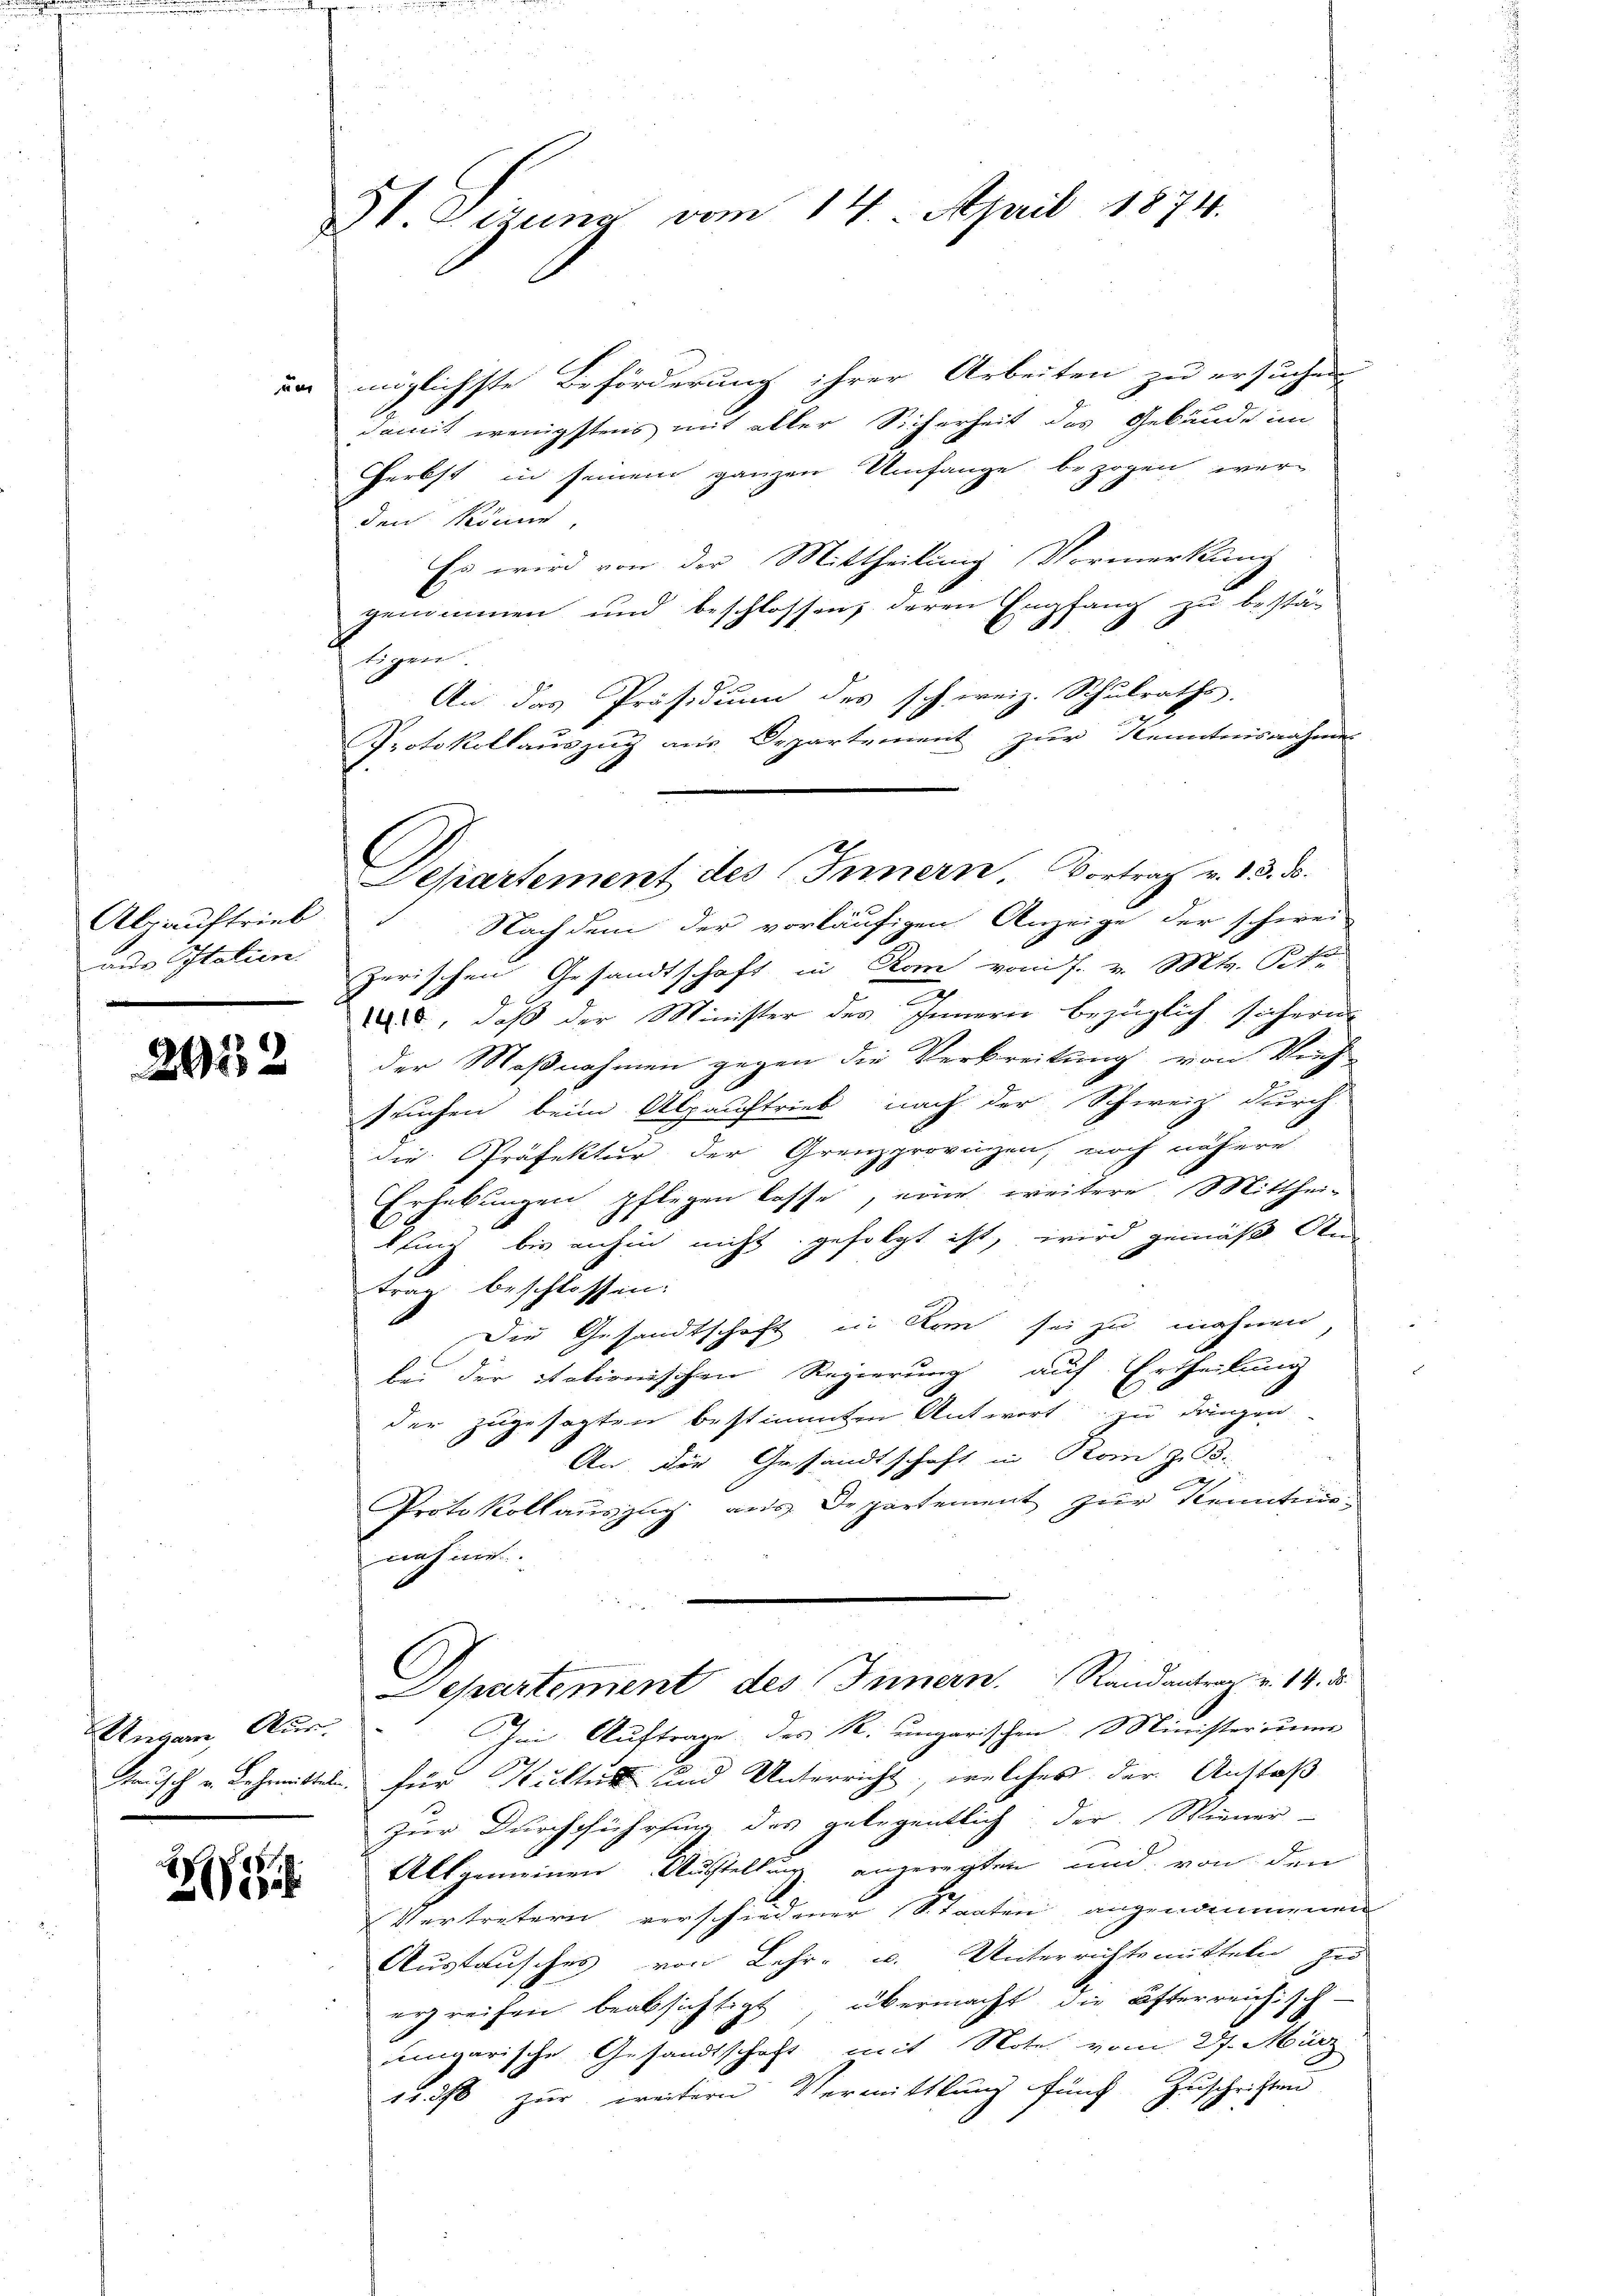
Alpauftrieb
aus Italien

2932

Ungarn, Aus¬

2

S. Tigung vom 14. April 1874.

un möglichste Beförderung ihrer Arbeiten zu ersuchen
damit wenigstens mit aller Sicherheit des Gebäude im
Herbst in seinem ganzen Umfange bezogen werden könne,
Es wird von der Mittheilung Vormerkung
genommen und beschlossen, deren Empfang zu bestä-
tigen.
An das Präsidium des schweiz. Schulraths.
Protokollauszug aus Departement zur Kenntnisnahme
Nachdem der vorläufigen Anzeige der schwei
zerischen Gesandtschaft in Rom vom 7. v. Mts. Th.
.
d, daß der Minister des Innern bezüglich sichern
der Maßnahmen gegen die Verbreitung von Wich-
seuchen beim Alpauftrieb nach der Schweiz durch
die Präfektur der Grenzprovazen, noch nähere
Erhebungen pflegen lasse, eine weitere Mitthei-
lung bis anhin nicht gefolgt ist, wird gemäß An
trag beschlossen:
Die Gesandtschaft in Rom sei zu mahnen,
ben der stationischen Regierung auf Ertheilung
der zugesagten bestimmten Antwort zu dangen
An. Die Gesandtschaft in Rom z. B.
2
Protokollaŭszŭg ans Departement zŭr Kenntnis-
nahme
Departement des Innern. Randantrag v. 14. ds.
he Auftrage des R. ungarischen Ministerium
gauisch u. Lehrmitteln für Kultur und Unterricht, welches der Anstoß
zur Durchführung des gelegentlich der Wiener-
Allgemeinen Ausstellung angeregten und von den
Vertretern verschiedener Staaten angenommenen
Austausches von Lehr- u. Unterrichtsmitteln zu
ergreifen beabsichtigt, übermacht die österreichisch.
ungarische Gesandtschaft mit Note vom 27. März
7
11. 376 zur weitern Vermittlung fünf Zŭschriften

Departement des Innern. Vortrag v. 13. ds.